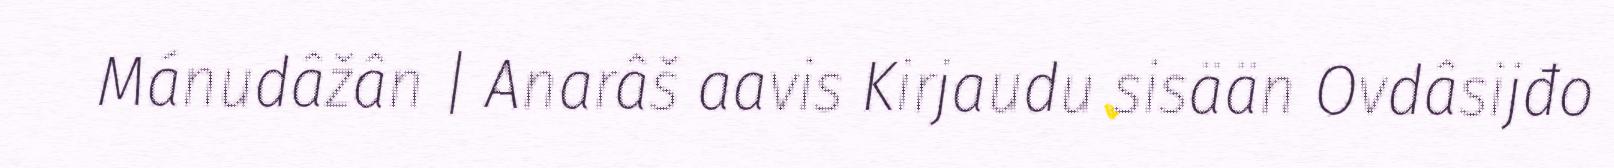
Mánudâžân | Anarâš aavis Kirjaudu sisään Ovdâsijđo